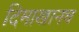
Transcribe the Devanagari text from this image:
दिमाखानच